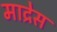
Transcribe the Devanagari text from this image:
माद्रेस